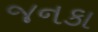
જનકા